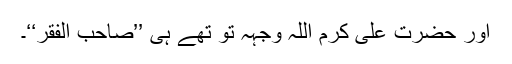
اور حضرت علی کرم اللہ وجہہ تو تھے ہی ’’صاحب الفقر‘‘۔